Annual statistical returns and brief notes on vaccination in Bengal - 1909-1929
Year: 1909
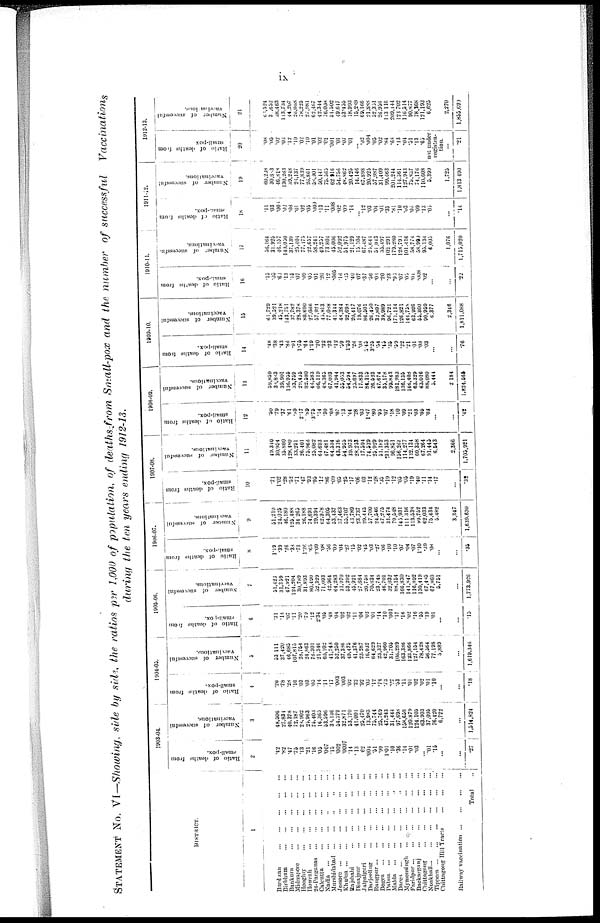
ix
STATEMENT No. VI—Showing, side by side, the ratios per 1,000 of population, of deaths from Small-pox and the number of successful Vaccinations
during the ten years ending 1912-13.
DISTRICT.
1
Burdwan
...
...
...
...
...
Birbhum
...
...
...
...
...
Bankura
...
...
...
...
...
Midnapore
...
...
...
...
...
Hooghly
...
...
...
...
...
Howrah
...
...
...
...
...
24-Parganas
...
...
...
...
...
Calcutta
...
...
...
...
...
Nadia
...
...
...
...
...
Murshidabad
...
...
...
...
...
Jessore
...
...
...
...
...
...
Khulna
...
...
...
...
...
...
Rajshahi
...
...
...
...
...
Dinajpur
...
...
...
...
...
Jalpaiguri
...
...
...
...
...
Darjeeling
...
...
...
...
...
Rangpur
...
...
...
...
...
Bogra
...
...
...
...
...
...
Pabna
...
...
...
...
...
Malda
...
...
...
...
...
...
Dacca
...
...
...
...
...
...
Mymonsingh
...
...
...
...
...
Faridpur
...
...
...
...
...
...
Backarganj ... ... ... ... ...
Chittagong
...
...
......
...
...
Noakhanli
...
...
...
...
...
...
Tippera ... ... ... ... ...
Chittagong Hill Tracts
...
...
...
Railway vaccination
...
...
...
...
Total ...
1903-04.
Ratio of deaths
from
small-pox.
2
.42
.82
.47
.75
.13
.21
.16
.05
.007
.15
.002
.0007
.14
.13
.62
.004
.51
.99
1.01
.10
.36
.14
.01
.03
...
.01
.15
...
...
.27
Number of successful
vaccination.
3
48,506
27,834
40,378
72,187
28,902
25,963
75,408
16,365
53,596
30,136
54,379
32,871
53,170
41,001
25,470
13,983
75,744
25,769
47,243
31,444
97,698
158,658
120,879
124,105
63,903
37,095
76,420
6,722
...
1,514,824
1904-05.
Rat i
o of deat hs f
r
om
small-pox.
4
.26
.78
.28
.16
.03
.03
.05
.14
.11
.17
.003
.003
.02
.22
.92
.03
.12
.74
.73
.02
. 53
.11
.01
.02
.02
.01
.10
...
...
.18
Nu mb e r of successful
vaccination.
5
53,111
37,420
46,685
107,815
28,754
24,863
76,301
21,346
60,102
41,748
52,250
37,386
49,475
41,376
23,287
16,032
64,629
23,327
42,960
31,705
106,289
163,386
123,866
127,154
78,428
56,564
77,198
5,889
...
1,619,346
1905-06.
Ratio of deaths from
small-pox.
6
.31
.14
.07
.11
.20
.79
.12
2.34
.05
.48
.04
.02
.02
.11
.04
.02
.01
.14
.10
.001
.17
.16
.02
.16
.55
.19
.01
...
...
.15
Number of successful
vaccinations.
7
31,423
31,359
47,921
124,204
30,789
31,893
80,490
52,329
71,093
42,964
64,283
31,970
53,292
45,921
27,684
20,758
70,834
23,748
46,701
32,032
88,154
166,830
141,847
116,892
130,419
67,485
67,860
5,751
...
1,773,926
1906-07.
Ratio of deaths from
small-pox.
8
1.19
.39
.26
.38
.73
1.26
.65
2.09
.08
.56
.09
.04
.27
.15
.02
.45
.03
.27
.06
.10
.10
.07
.04
.07
1.10 .39
.08
...
...
.35
Nu mb e r of successful
vaccinations.
9
51,210
24,025
46,180
125,488
34,265
26,188
74,693
29,394
62,978
64,305
53,437
37,463
55,707
43,789
23,737
29,445
57,700
24,546
47,275
31,474
79,548
145,931
111,316
113,538
99,752
62,033
75,434
5,482
3,347
1,639,630
1907-08.
Rat i
o of deat hs f
r
om
small-pox.
10
.71
1.02
.28
.52
.71
.47
.93
.95
.12
.86
.09
.05
.25
.17
.06
.03
.12
.28
.35
.19
.12
.05
.05
.19
.40
.11
.14
.17
...
.32
Nu mb e r of successful
vaccinations.
11
49,340
30,954
35,800
128,480
33,291
26,401
75,966
23,082
64,693
47,481
64,534
43,316
54,955
39,973
28,255
17,594
74,539
25,929
51,182
731,353
96,851
156,267
114,277
132,134
60,358
67,264
91,445
6,543
2,366
1,705,921
1908-09.
Rat i
o of deat hs f
r
om
small-pox.
12
.50
.79
.37
.61
.89
2.17
.89
3.75
.14
.30
.08
.05
.13
.44
.28
.03
1.47
.80
.95
.07
.18
.10
.09
.21
.03
.05
.02
...
...
.42
Nu mb e r of successful
vaccinations.
13
59,859
38,883
39,901
186,955
33,759
29,435
82,580
46,583
66,119
48,365
67,093
41,944
55,033
54,594
25,697
17,833
84,115
26,623
47,674
35,178
99,843
181,983
136,135
146,408
63,329
63,016
88,080
5,444
2,184
1,824,565
1909-10.
Ratio of deaths from
small-pox.
14
.48
.38
.43
.88
.91
1.75
.64
1.19
.20
.32
.23
.12
.59
1.53
.26
.08
5.45
3.25
.54
.45
.35
.59
.22
.21
.01
.08
.03
...
...
.76
Number of successful
vaccinations.
15
61,729
39,321
45,218
143,751
37,782
28,378
80,690
27,066
57,924
45,813
77,088
41,344
48,384
92,698
20,417
19,076
86,501
26,450
32,897
39,989
96,721
171,114
126,821
144,758
63,926
55,360
90,959
6,377
2,346
1,811,088
1910-11.
Ratio of deaths from
small-pox.
16
.13
.03
.63
.13
.15
.07
.09
.05
.01
.20
.12
.005
.16
.35
.40
.07
.37
.56
.06
.20
.23
.95
.07
.05
.04
.008
.02
...
...
.22
Number
of successful.
vaccinations.
17
36,164
31,925
46,157
140,050
37,139
25,404
77,175
22,657
58,241
49,257
73,804
45,006
52,092
51,975
21,129
15,106
67,487
25,644
51,043
35,497
102,291
179,280
128,791
101,416
58,774
58,999
95,134
6,005
1,076
1,715,020
1911-12.
Ratio of deaths from
small-pox.
18
.11
.03
.006
.02
.08
.01
.02
.05
.009
.13
.11
.008
.02
.09
.14
...
.12
.03
.04
.01
.35
.81
.10
.03
.06
.09
.13
.05
...
.14
Number of successful
vaccinations.
19
60,238
30,683
46,818
130,263
39,248
26,137
77,839
26,861
58,901
50,447
75,565
62,916
54,756
48,862
20,425
14,146
67,898
20,925
57,987
31,409
99,663
201,244
114,561
127,948
75,807
74,176
110,608
5,399
1,725
1,813,490
1912-13.
Ratio of deaths from
small-pox
20
.08
.03
.02
.03
.12
.10
.02
.10
.01
.02
.01
.001
.01
.07
.01
... .02
.004
.05
.02
.84
.68
.13
.04
.51
.13
.65
not under
rogistra-
tion.
...
.21
Number of successful
vaccinations.
21
61,524
30,652
38,463
113,734
44,207
26,068
78,225
27,981
62,467
42,344
76,006
51,502
49,617
53,455
18,993
15,289
69,166
21,888
52,351
26,956
113,116
209,144
123,702
116,514
90,877
78,368
121,193
6,625
2,270
1,855,699